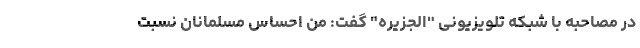
در مصاحبه با شبکه تلویزیونی "الجزیره" گفت: من احساس مسلمانان نسبت